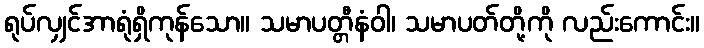
ရုပ်လျှင်အာရုံရှိကုန်သော။ သမာပတ္တီနံဝါ၊ သမာပတ်တို့ကို လည်းကောင်း။